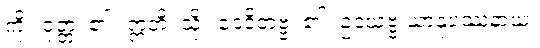
ကို။ ဝုတ္တံ၊ ၏။ ဣတိ၊ သို့။ ဝေဒိတဗ္ဗံ၊ ၏။ ဥဒယဗ္ဗ ယာနုပဿနာယ၊